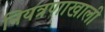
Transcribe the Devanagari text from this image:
नियत्रणाखाली